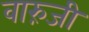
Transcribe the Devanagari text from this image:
वारुंजी